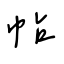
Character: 帖